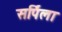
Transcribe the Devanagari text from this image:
सर्पिला